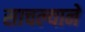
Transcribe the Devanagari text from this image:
साचल्याने